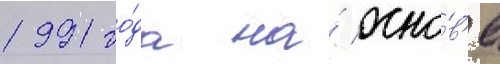
1991 го́да на́ осно́в'е